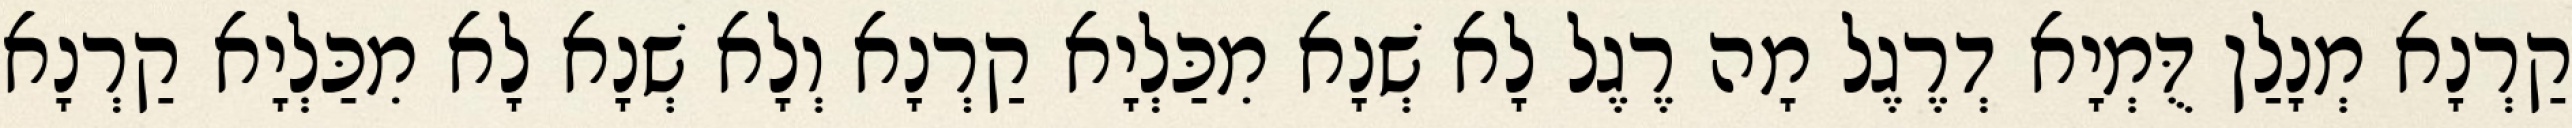
קַרְנָא מְנָלַן דֻּמְיָא דְרֶגֶל מָה רֶגֶל לָא שְׁנָא מִכַּלְיָא קַרְנָא וְלָא שְׁנָא לָא מִכַּלְיָא קַרְנָא